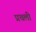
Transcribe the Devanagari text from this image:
प्रचली